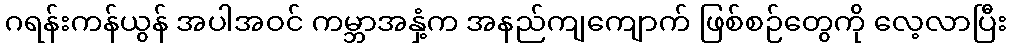
ဂရန်းကန်ယွန် အပါအဝင် ကမ္ဘာအနှံ့က အနည်ကျကျောက် ဖြစ်စဉ်တွေကို လေ့လာပြီး